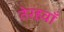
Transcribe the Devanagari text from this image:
तेरहवॉं